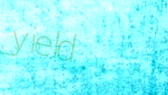
yield